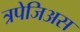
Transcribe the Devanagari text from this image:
त्रपेजिअस